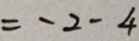
= - 2 - 4